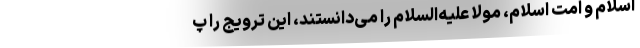
اسلام و امت اسلام، مولا علیه‌السلام را می‌دانستند، این ترویج را پ